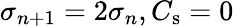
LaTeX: \sigma_{n+1}=2\sigma_{n},C_{\mathrm{s}}=0